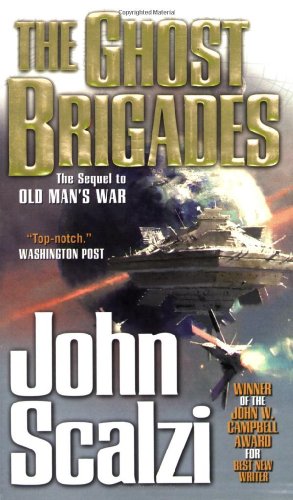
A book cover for The Ghost Brigades (Old Man's War); John Scalzi; Science Fiction & Fantasy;